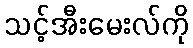
သင့်အီးမေးလ်ကို